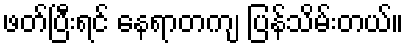
ဖတ်ပြီးရင် နေရာတကျ ပြန်သိမ်းတယ်။